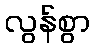
လွန်စွာ